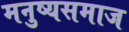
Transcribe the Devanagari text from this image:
मनुष्यसमाज